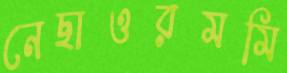
নেছাওরমমি